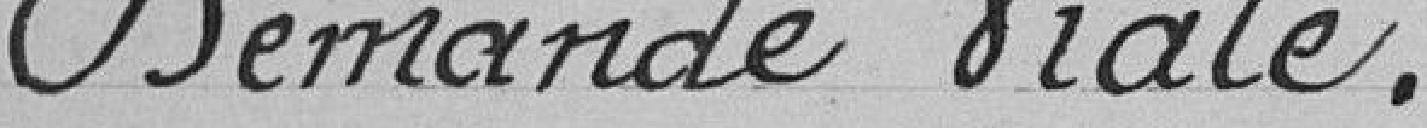
Demande Viale